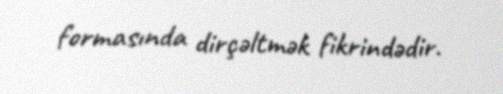
formasında dirçəltmək fikrindədir.